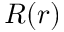
R ( r )